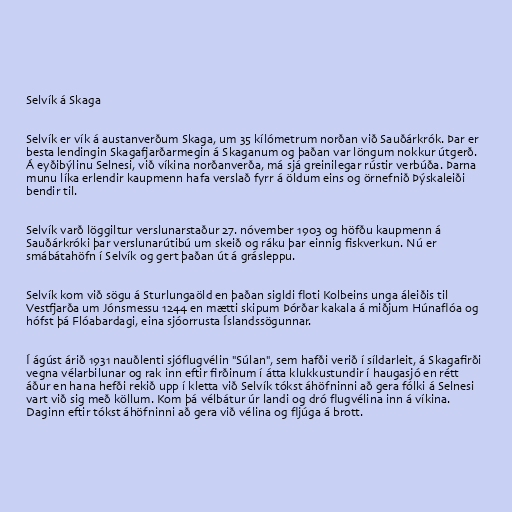
Selvík á Skaga

Selvík er vík á austanverðum Skaga, um 35 kílómetrum norðan við Sauðárkrók. Þar er
besta lendingin Skagafjarðarmegin á Skaganum og þaðan var löngum nokkur útgerð.
Á eyðibýlinu Selnesi, við víkina norðanverða, má sjá greinilegar rústir verbúða. Þarna
munu líka erlendir kaupmenn hafa verslað fyrr á öldum eins og örnefnið Þýskaleiði
bendir til.

Selvík varð löggiltur verslunarstaður 27. nóvember 1903 og höfðu kaupmenn á
Sauðárkróki þar verslunarútibú um skeið og ráku þar einnig fiskverkun. Nú er
smábátahöfn í Selvík og gert þaðan út á grásleppu.

Selvík kom við sögu á Sturlungaöld en þaðan sigldi floti Kolbeins unga áleiðis til
Vestfjarða um Jónsmessu 1244 en mætti skipum Þórðar kakala á miðjum Húnaflóa og
hófst þá Flóabardagi, eina sjóorrusta Íslandssögunnar.

Í ágúst árið 1931 nauðlenti sjóflugvélin "Súlan", sem hafði verið í síldarleit, á Skagafirði
vegna vélarbilunar og rak inn eftir firðinum í átta klukkustundir í haugasjó en rétt
áður en hana hefði rekið upp í kletta við Selvík tókst áhöfninni að gera fólki á Selnesi
vart við sig með köllum. Kom þá vélbátur úr landi og dró flugvélina inn á víkina.
Daginn eftir tókst áhöfninni að gera við vélina og fljúga á brott.